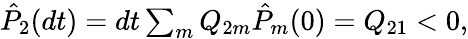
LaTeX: \begin{array}{r}{\hat{P}_{2}(dt)=dt\sum_{m}Q_{2m}\hat{P}_{m}(0)=Q_{21}<0,}\end{array}